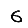
Digit: 6